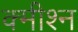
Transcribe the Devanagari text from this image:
क्मीश्न